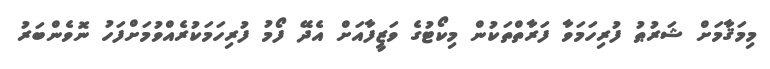
މިމަޤާމަށް ޝަރުޠު ފުރިހަމަވާ ފަރާތްތަކުން މިކޯޓުގެ ވަޒީފާއަށް އެދޭ ފޯމު ފުރިހަމަކުރެއްވުމަށްފަހު ނޮވެންބަރު